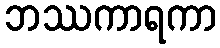
ဘဿကာရကာ